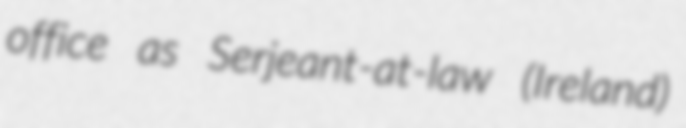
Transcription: office as Serjeant-at-law (Ireland)